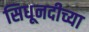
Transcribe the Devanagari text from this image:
सिधूनदीच्या